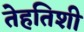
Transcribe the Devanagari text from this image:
तेहतिशी